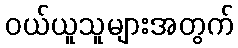
ဝယ်ယူသူများအတွက်